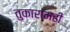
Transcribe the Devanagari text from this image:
तुकारामही